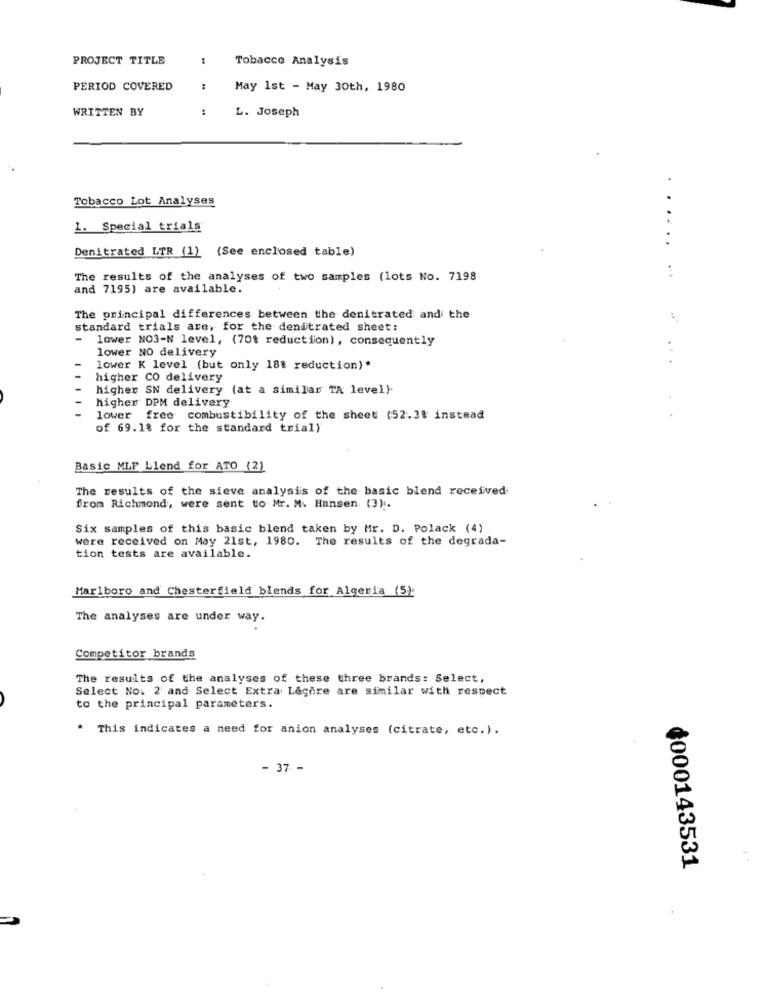
PROJECT TITLE
Tobacco Analysis
PERIOD COVERED
:
May 1st - May 30th, 1980
WRITTEN BY
:
L. Joseph
Tobacco Lot Analyses
1. Special trials
Denitrated LTR (1) (See enclosed table)
The results of the analyses of two samples (lots No. 7198
and 7195) are available.
........
The principal differences between the denitrated and the
standard trials are, for the denitrated sheet:
-
lower NO3-N level, (70% reduction), consequently
lower NO delivery
lower K level (but only 18% reduction)*
higher CO delivery
higher SN delivery (at a similar TA level).
higher DPM delivery
lower free combustibility of the sheet (52.38 instead
of 69.18 for the standard trial)
Basic MLF Llend for ATO (2)
The results of the sieve analysis of the basic blend received
from Richmond, were sent to Mr. M. Hansen (3).
Six samples of this basic blend taken by Mr. D. Polack (4)
were received on May 21st, 1980. The results of the degrada-
tion tests are available.
Marlboro and Chesterfield blends for Algeria (5)
The analyses are under way.
Competitor brands
The results of the analyses of these three brands: Select,
Select No. 2 and Select Extra Lagere are similar with respect
to the principal parameters.
* This indicates a need for anion analyses (citrate, etc.).
- 37 -
¢000143531